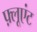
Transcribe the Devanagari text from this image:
फ़्लूएंट